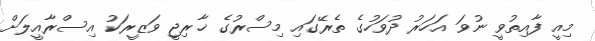
މިއީ ފާއިތުވީ ނުވަ އަހަރު ދުވަހުގެ ތެރޭގައި މިސްރުގެ ޚާރިޖީ ވަޒީރަކު އިސްރާއީލަށް